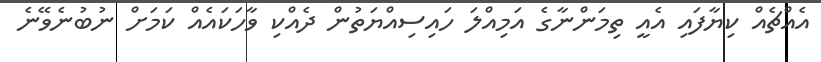
އެއްޗެއް ކިޔާފައި އެއީ ތިމަންނާގެ އަމިއްލަ ހައިސިއްޔަތުން ދެއްކި ވާހަކައެއް ކަމަށް ނުބުނެވޭނެ